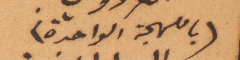
(باللهجة الواحدة)